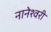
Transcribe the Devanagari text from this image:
नानेश्वरी